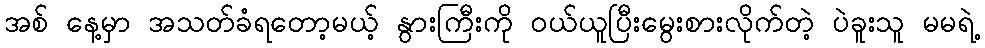
အစ် နေ့မှာ အသတ်ခံရတော့မယ့် နွားကြီးကို ဝယ်ယူပြီးမွေးစားလိုက်တဲ့ ပဲခူးသူ မမရဲ့